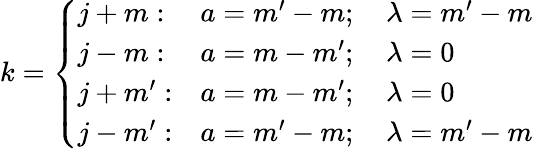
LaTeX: k={\left\{ \begin{array}{ll}{j+m:}&{a=m^{\prime}-m;\quad\lambda=m^{\prime}-m}\\ {j-m:}&{a=m-m^{\prime};\quad\lambda=0}\\ {j+m^{\prime}:}&{a=m-m^{\prime};\quad\lambda=0}\\ {j-m^{\prime}:}&{a=m^{\prime}-m;\quad\lambda=m^{\prime}-m}\end{array}\right.}